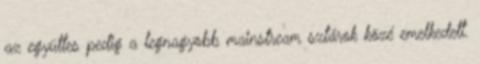
az együttes pedig a legnagyobb mainstream sztárok közé emelkedett.